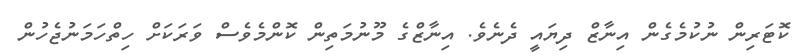
ކޮޓަރިން ނުކުމެގެން އިނާޒް ދިޔައީ ދެނެވެ. އިނާޒްގެ މޫނުމަތިން ކޮންމެވެސް ވަރަކަށް ހިތްހަމަނުޖެހުން